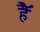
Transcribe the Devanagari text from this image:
हैॅ